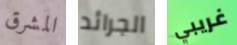
المشرق الجرائد غريبي